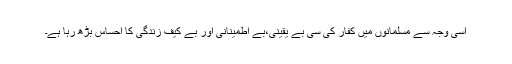
اسی وجہ سے مسلمانوں میں کفار کی سی بے یقینی،بے اطمینانی اور بے کیف زندگی کا احساس بڑھ رہا ہے۔